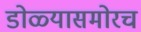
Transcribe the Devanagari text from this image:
डोळ्यासमोरच